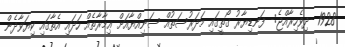
1928 -ދިވެހިރާއްޖެ:- ފަނޑިޔާރު ގޯތީގައި މަދަރުސަތުއް ސަނިއްޔާއަށް ޢިމާރާތެއް ހަދައި އެތާގައި ކިޔަވާދެން